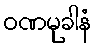
ဝဏမုခါနံ